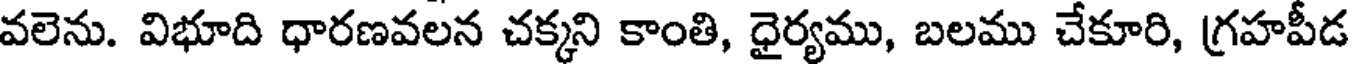
వలెను. విభూది ధారణవలన చక్కని కాంతి, ధైర్యము, బలము చేకూరి, గ్రహపీడ